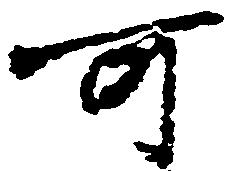
可